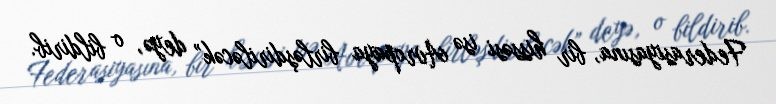
Federasiyasına, bir hissəsi isə Avropaya birləşdiriləcək” deyə, o bildirib.